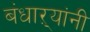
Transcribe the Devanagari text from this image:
बंधाऱ्यांनी